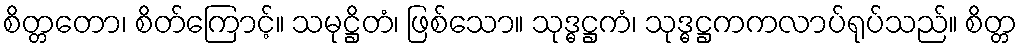
စိတ္တတော၊ စိတ်ကြောင့်။ သမုဋ္ဌိတံ၊ ဖြစ်သော။ သုဒ္ဓဋ္ဌကံ၊ သုဒ္ဓဋ္ဌကကလာပ်ရုပ်သည်။ စိတ္တ